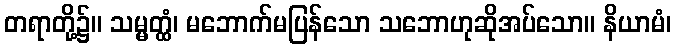
တရာတို့၌။ သမ္မတ္ထံ၊ မဘောက်မပြန်သော သဘောဟုဆိုအပ်သော။ နိယာမံ၊